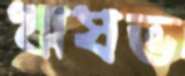
ঋষভ